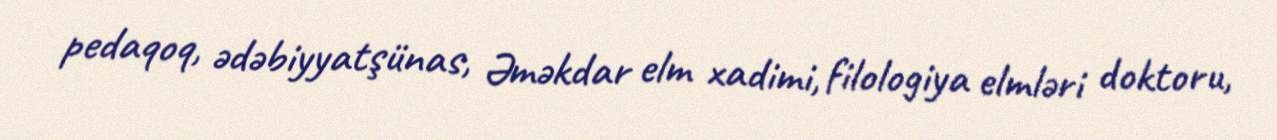
pedaqoq, ədəbiyyatşünas, Əməkdar elm xadimi, filologiya elmləri doktoru,